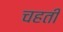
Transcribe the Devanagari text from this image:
चहती